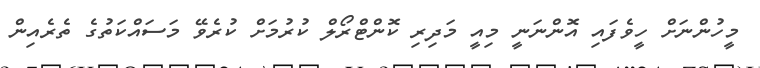
މީހުންނަށް ހީވެފައި އޮންނަނީ މިއީ މަދިރި ކޮންޓްރޯލް ކުރުމަށް ކުރެވޭ މަސައްކަތުގެ ތެރެއިން